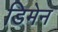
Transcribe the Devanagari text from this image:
डिमेन